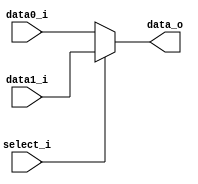
//Subject:     CO project 2 - MUX 221
//--------------------------------------------------------------------------------
//Version:     1
//--------------------------------------------------------------------------------
//Writer:      Luke
//----------------------------------------------
//----------------------------------------------
//Description: 
//--------------------------------------------------------------------------------
     
module MUX_2to1(
               data0_i,
               data1_i,
               select_i,
               data_o
               );	   
			
parameter size = 0;	
			
//I/O ports               
input	[size-1:0]   data0_i;          
input	[size-1:0]   data1_i;
input   			 select_i;

output	[size-1:0]   data_o; 

//Internal Signals
//reg     [size-1:0] data_o;

//Main function
assign data_o = (select_i == 1'b0) ? data0_i : data1_i;

endmodule